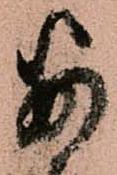
安